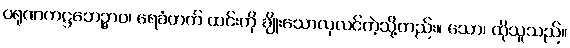
ဝရုဏကဋ္ဌဘေဉ္ဇာဝ၊ ရေခံတက် ထင်းကို ချိုးသောလုလင်ကဲ့သို့တည်း။ သော၊ ထိုသူသည်။